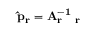
\mathbf { \hat { p } _ { r } = A _ { r } ^ { - 1 } \Phi _ { r } }